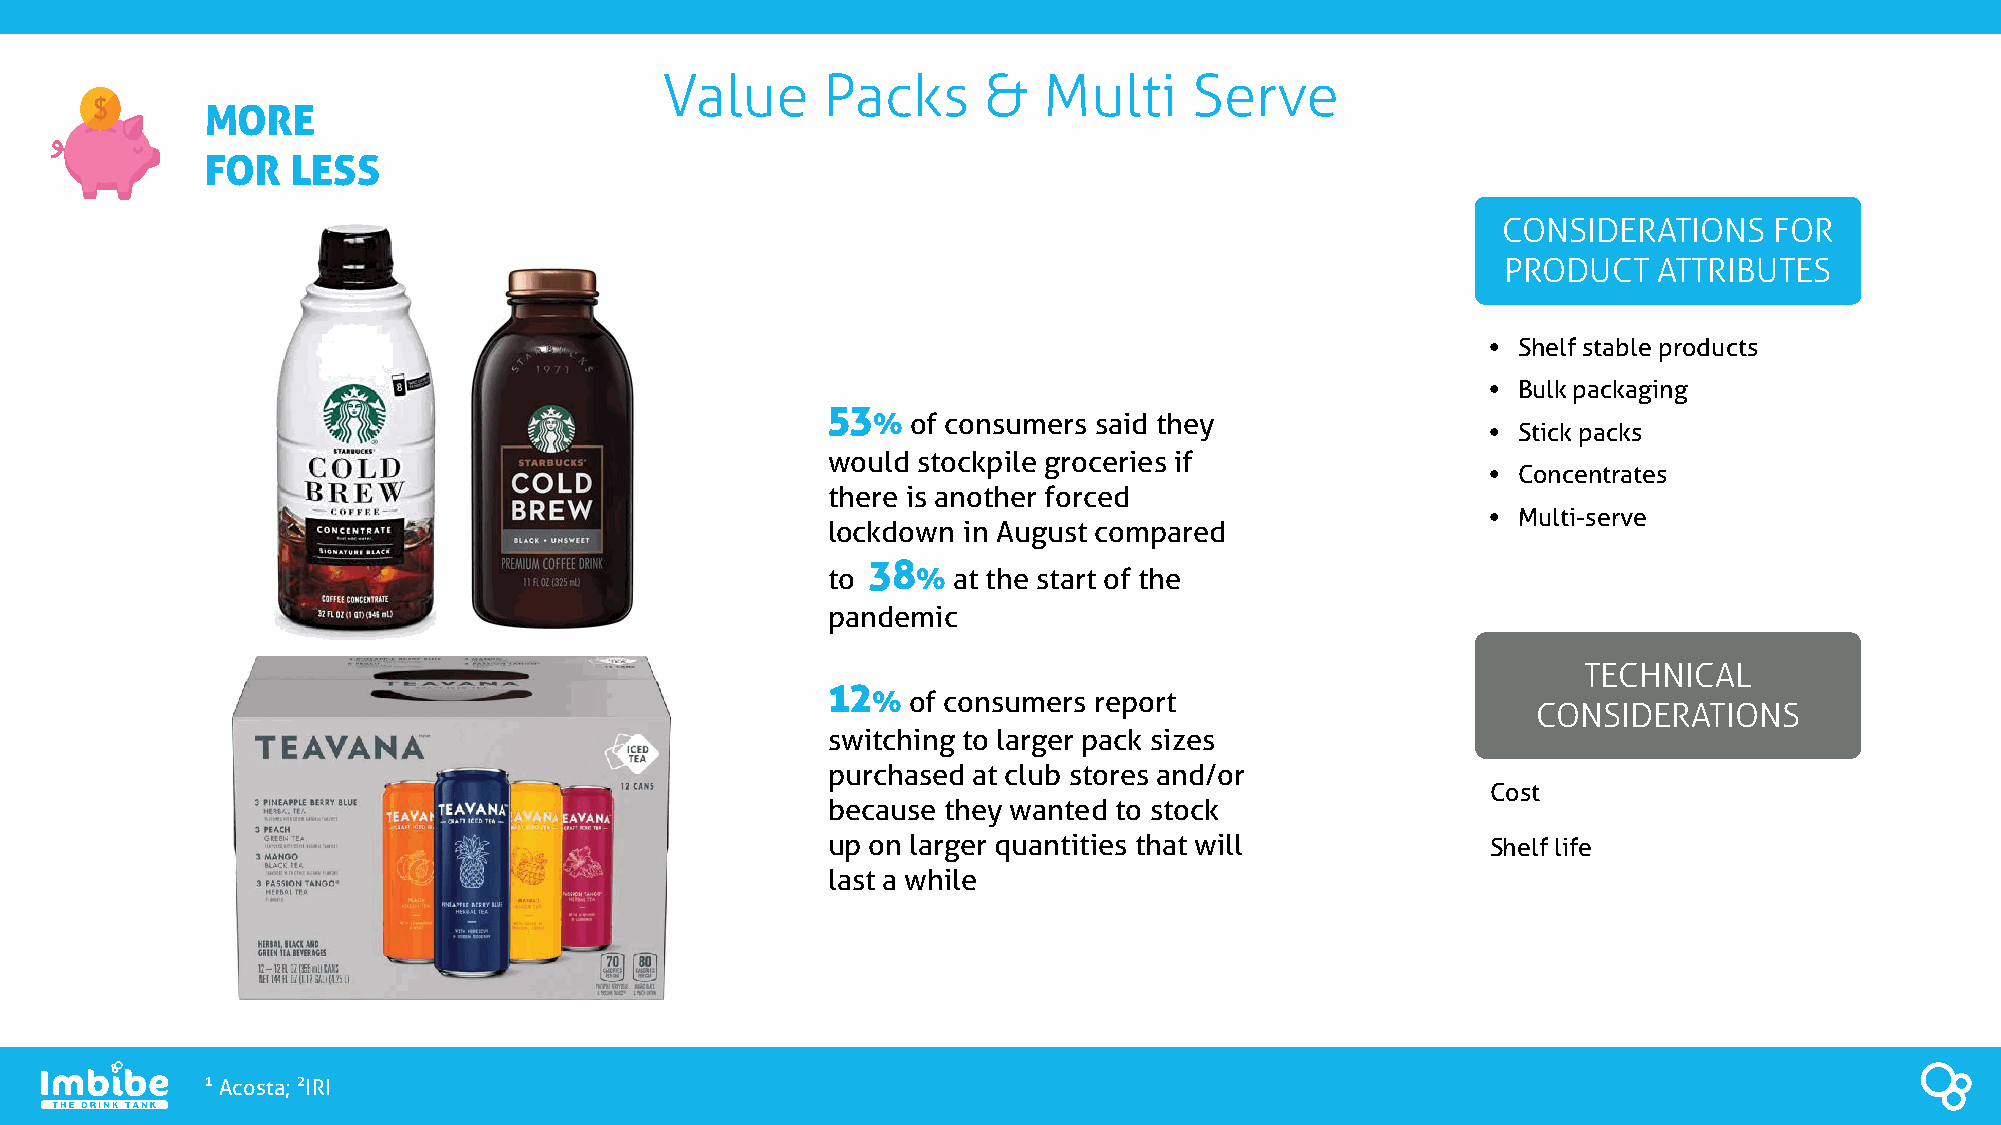
Value     Packs      &   Multi     Serve
 MORE
 FOR  LESS
 CONSIDERATIONS    FOR
 PRODUCT   ATTRIBUTES
 • Shelf stableproducts
 • Bulk packaging
 53
 % of consumers said they
 • Stick packs
 would stockpile groceries if
 • Concentrates
 there is another forced
 • Multi-serve
 lockdown in August compared
 38
 to    % at the start of the
 pandemic
 TECHNICAL
 12
 % of consumers report
 CONSIDERATIONS
 switching to larger pack sizes
 purchased at club stores and/or
 Cost
 because they wanted to stock
 up on larger quantities that will           Shelf life
 last a while
 Acosta; IRI